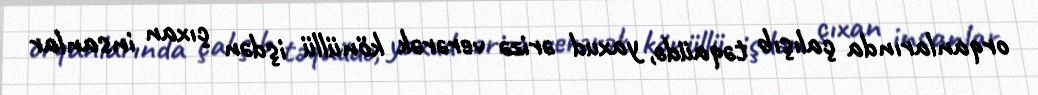
orqanlarında çalışıb təqaüdə, yaxud ərizə verərək könüllü işdən çıxan insanlar